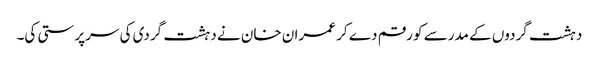
دہشت گردوں کے مدرسے کو رقم دے کر عمران خان نے دہشت گردی کی سرپرستی کی۔